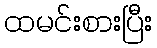
ထမင်းစားပြီး